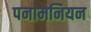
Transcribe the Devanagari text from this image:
पनामनियन